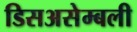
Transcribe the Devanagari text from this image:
डिसअसेम्बली